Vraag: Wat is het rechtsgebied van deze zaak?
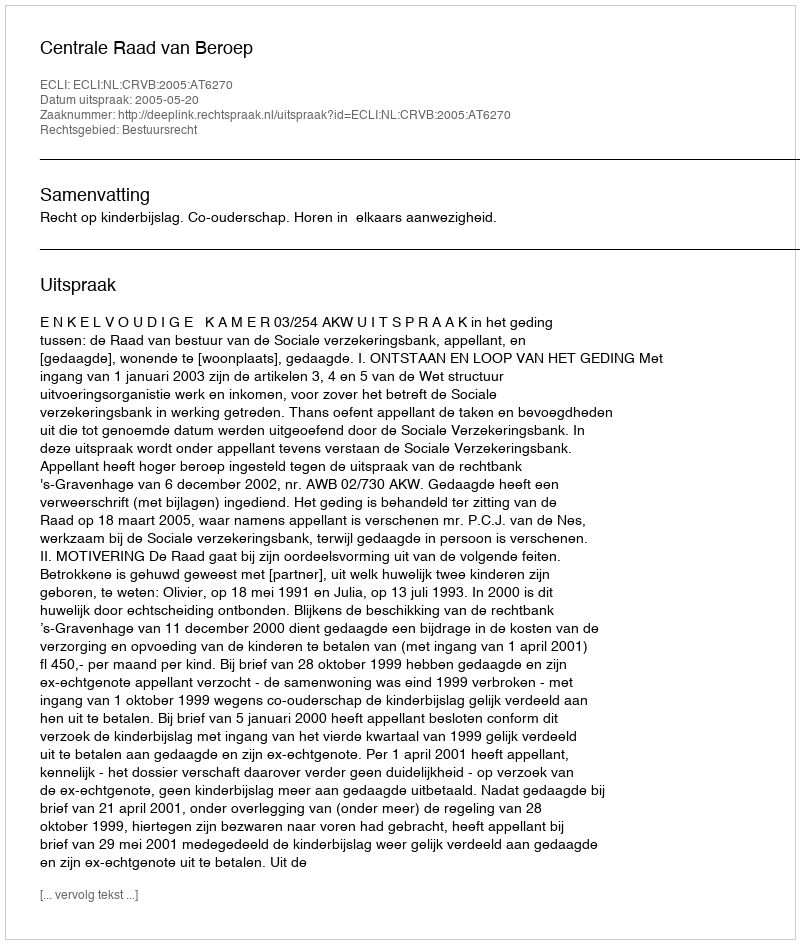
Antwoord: Bestuursrecht